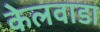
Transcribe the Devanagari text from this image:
केलवाडा